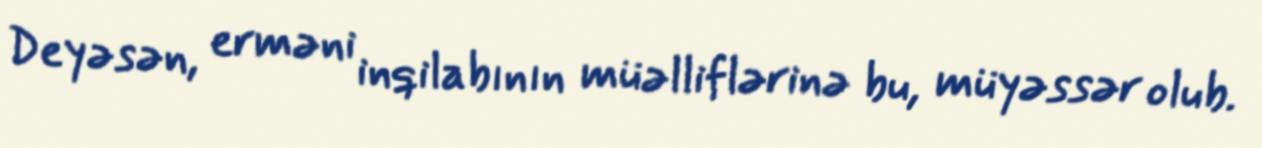
Deyəsən, erməni inqilabının müəlliflərinə bu, müyəssər olub.